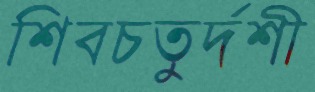
শিবচতুর্দশী